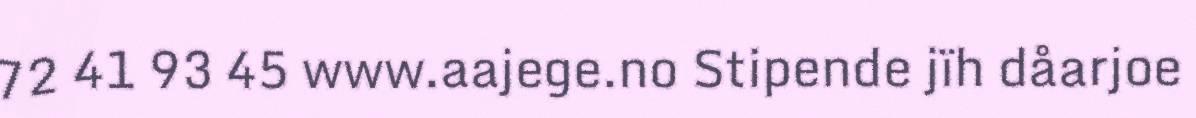
72 41 93 45 www.aajege.no Stipende jïh dåarjoe